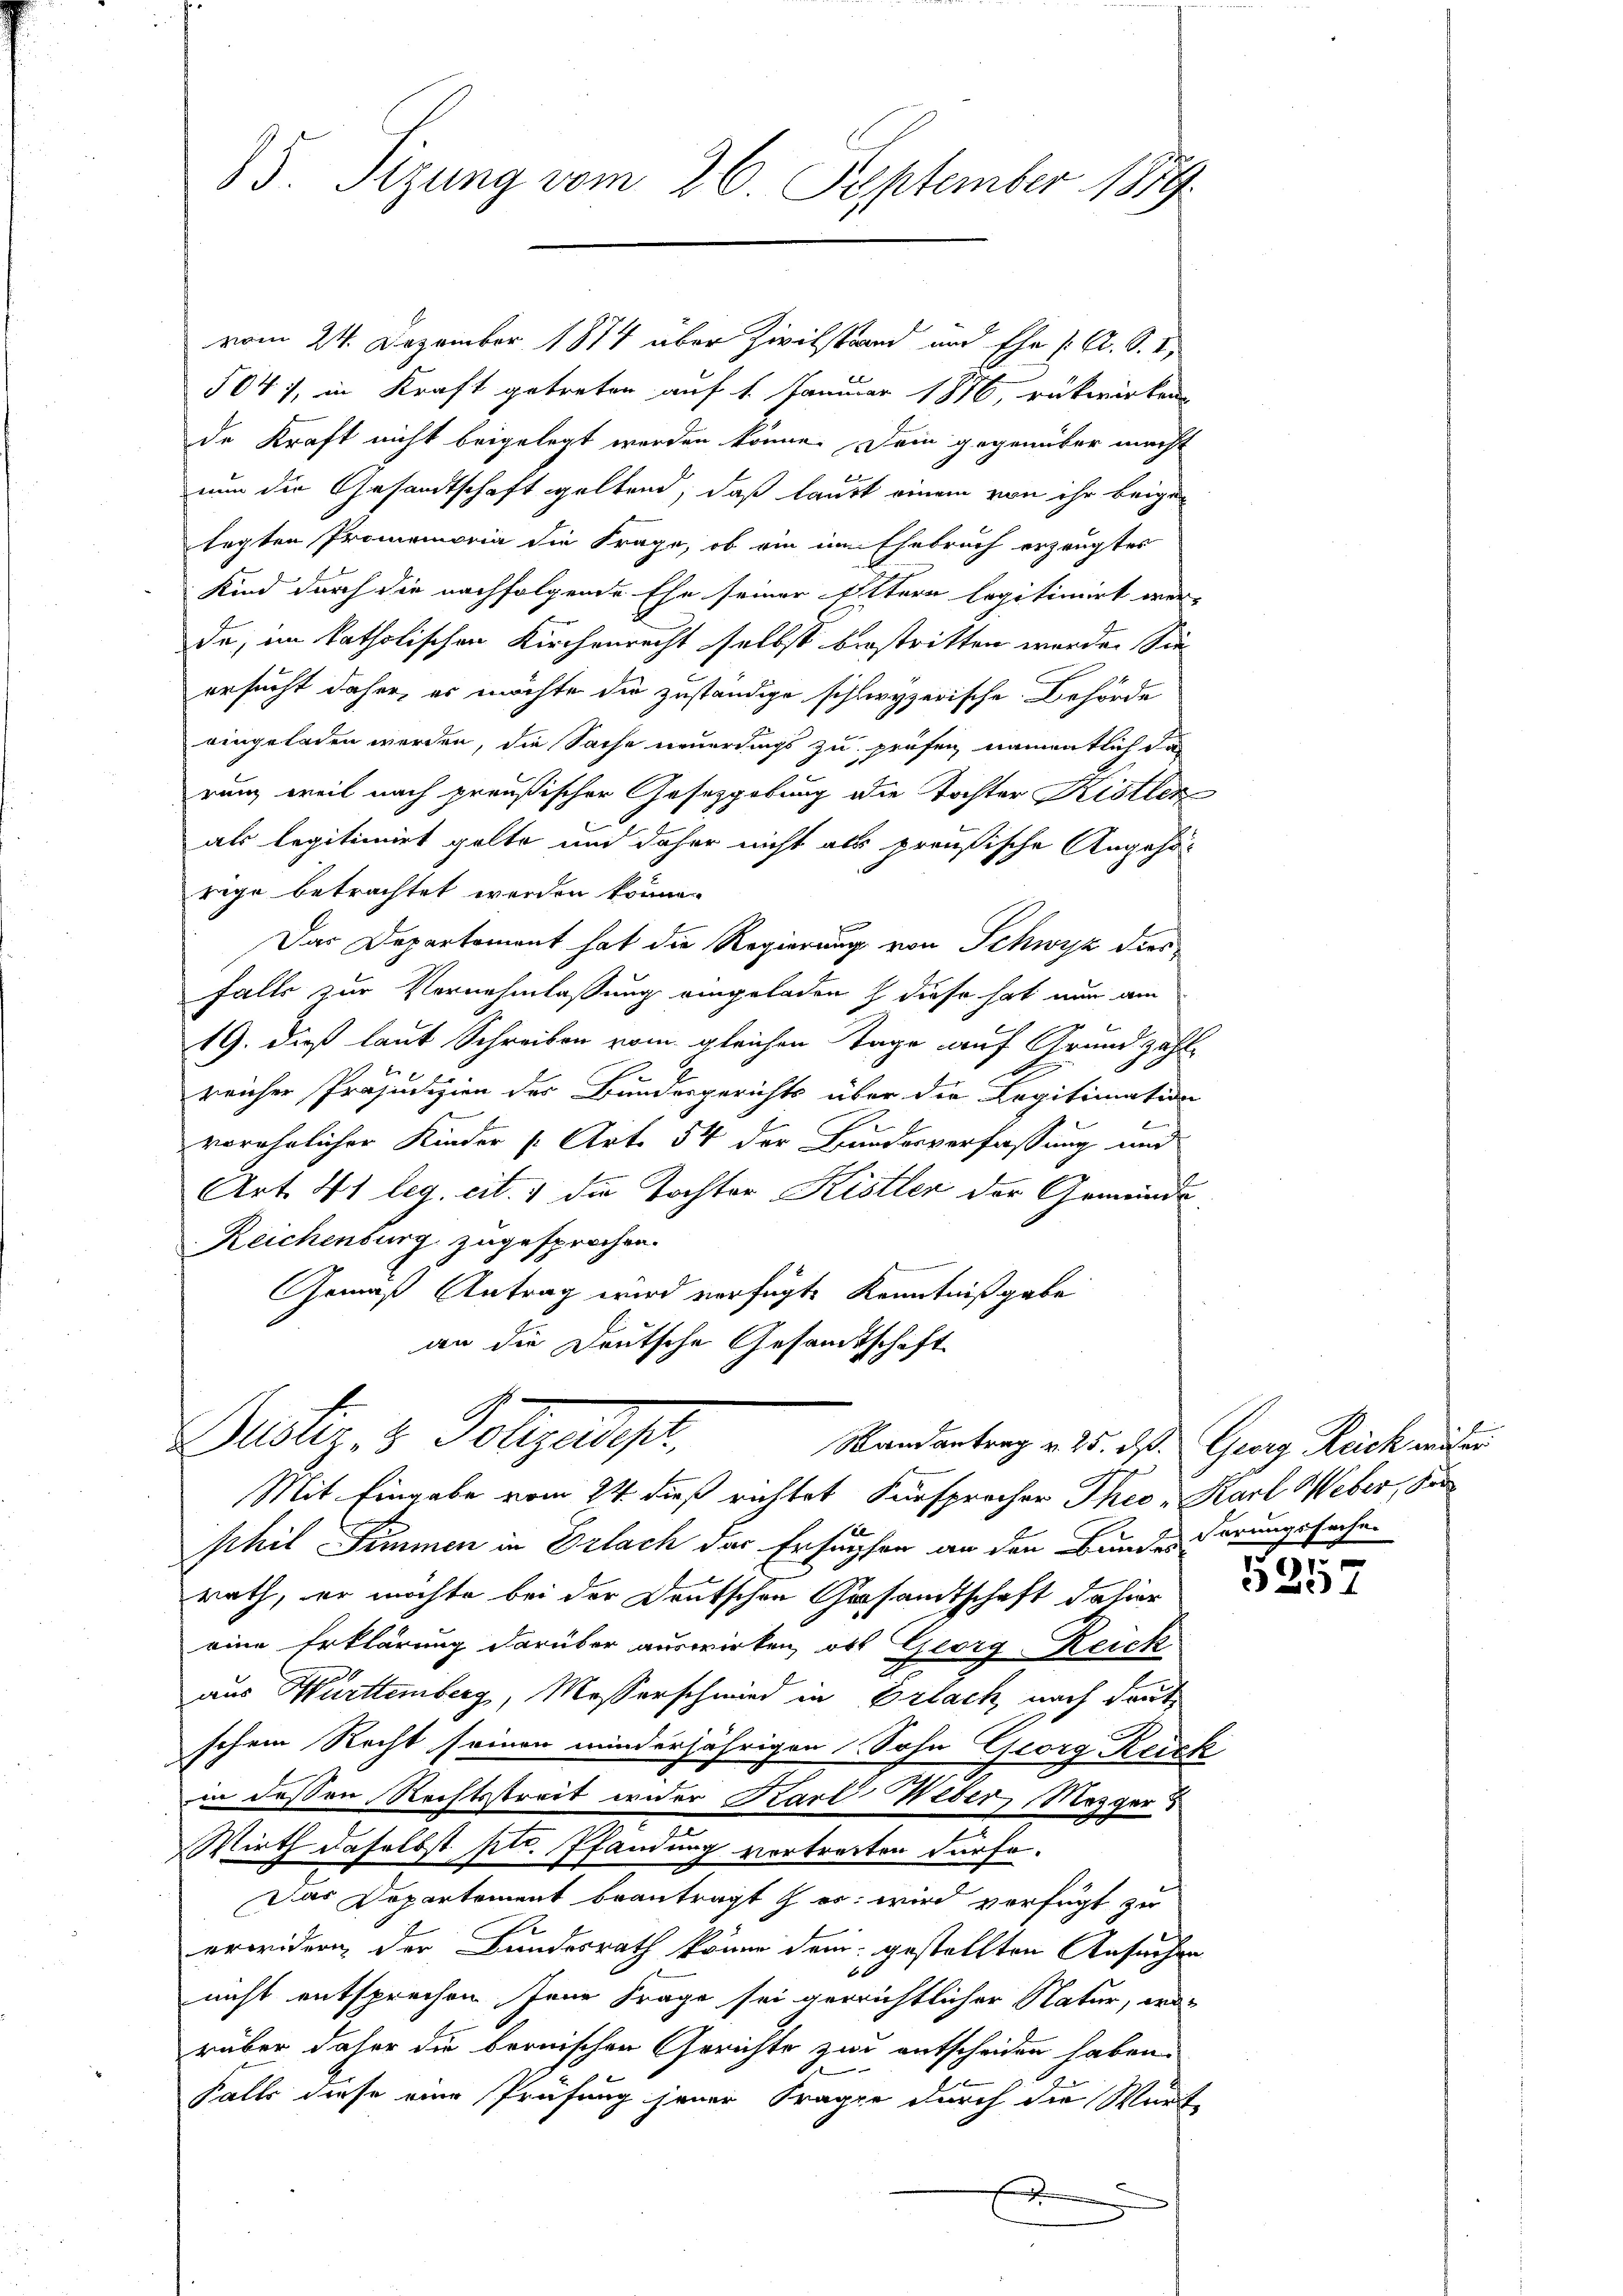
35. Sizung vom 26. September 1879.

vom 24. Dezember 1874 über Zivilstand und Ehe s. A. S. 2
5041, in Kraft getreten auf 1. Januar 1876, rükwirken
de Kraft nicht beigelegt worden könne. Dem gegenüber macht
nun die Gesandtschaft geltend, daß laut einem von ihr beigen
tagten Promemoria die Frage, ob ein im Ehebruch erzeugter
Kind durch die nachfolgende Ehe seiner Eltern legitimirt werde, im katholischen Kirchenrecht selbst bestritten worden. Sie
ersucht daher, es möchte die zuständige schlwyzerische Behörde
eingeladen werden, die Sache neuerdings zu prüfen, namentlich da
rung weil nach preußischer Gesetzgebung die Tochter Kistler
als legitimirt gelte und daher nicht als preußische Angehö
rege betrachtet werden könne.
Das Departement hat die Regierung von Schwyz dies
Falls zur Vornehmlassung eingeladen diese hat nun am
e
19. dieß laut Schreiben vom gleichen Tage auf Grund zahl
reicher Präjudizien der Bundesgerichts über die Kogitimation
e
vorehelicher Kinder [Art. 54 der Bundesverfassung und
Art. 41 leg. cit. 4 die Tochter Kistler der Gemeinde
Reichenburg zugesprochen.
Gemäß Antrag wird verfügte Kenntnißgabe
an die Deutsche Gesamtschaft

Bstiz- & Polygaris,

Mit Eingabe vom 24. dieß richtet Fürsprocher Theo, Karl Weber, Ser
phil Simmen in Erlach der Ersuchten an den Bundes herungssachen
rath, er möchte bei der Deutschen Gesandtschaft dahier
eine Erklärung darüber auswirken, ob Georg-Reick
aus Württemberg, Messerschmied in Erlach, nach deute
schen Recht seinen minderjährigen Sohn Georg Reick
in dessen Rechtsstreit wider Karl Weber Mezger
Wirth daselbst pl. Pfandung vortreiten dürfe.
Das Departement beantragt er wird verfügt zu
erwidern, der Bundesrath könne dem gestellten Ansuchen
b
nicht entsprechen Jene Frage sei verrichtlicher Natur, wa
rüber daher die bernischen Gerichte zur entscheiden haben.
Falls diese eine Prüfung jener Frage durch die Warte
f

Randantrag v. 25. d. Georg Reich miter

1
5237